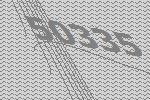
50335